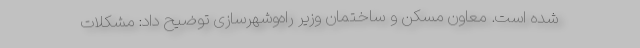
شده است. معاون مسکن و ساختمان وزیر راه‌وشهرسازی توضیح داد: مشکلات